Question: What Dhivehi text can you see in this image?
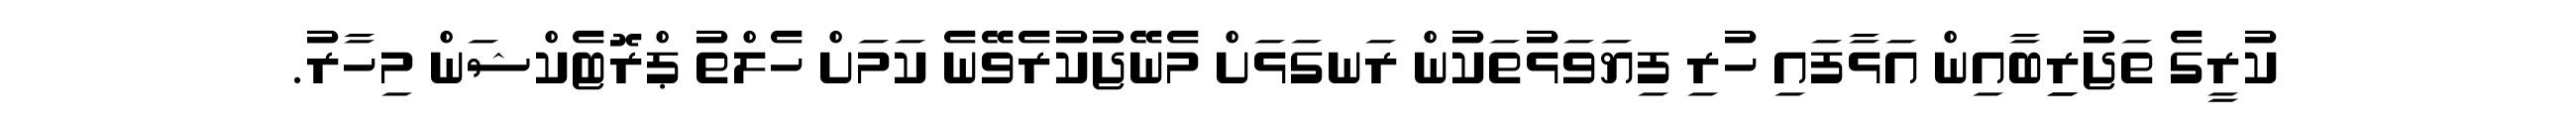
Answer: ކުރީގެ ތަޖުރިިބާއިން އަޅާފައި ހުރި ފިޔަވަޅުތަކުން ރަނގަޅަށް މެނޭޖުކުރެވޭނެ ކަމަށް ހެލްތު ޕްރޮޓެކްޝަން މިހާރު.